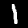
Digit: 1